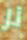
نر